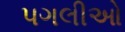
પગલીઓ